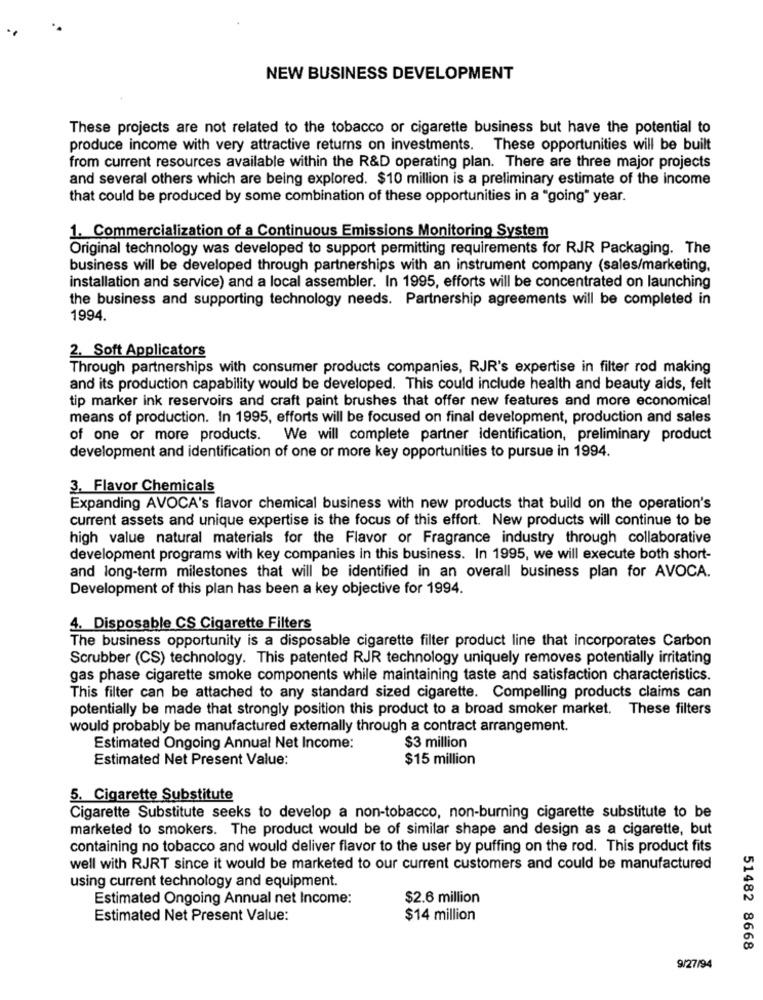
NEW BUSINESS DEVELOPMENT
These projects are not related to the tobacco or cigarette business but have the potential to
produce income with very attractive returns on investments. These opportunities will be built
from current resources available within the R&D operating plan. There are three major projects
and several others which are being explored. $10 million is a preliminary estimate of the income
that could be produced by some combination of these opportunities in a "going" year.
1. Commercialization of a Continuous Emissions Monitoring System
Original technology was developed to support permitting requirements for RJR Packaging. The
business will be developed through partnerships with an instrument company (sales/marketing,
installation and service) and a local assembler. In 1995, efforts will be concentrated on launching
the business and supporting technology needs. Partnership agreements will be completed in
1994.
2. Soft Applicators
Through partnerships with consumer products companies, RJR's expertise in filter rod making
and its production capability would be developed. This could include health and beauty aids, felt
tip marker ink reservoirs and craft paint brushes that offer new features and more economical
means of production. In 1995, efforts will be focused on final development, production and sales
of one or more products. We will complete partner identification, preliminary product
development and identification of one or more key opportunities to pursue in 1994.
3. Flavor Chemicals
Expanding AVOCA's flavor chemical business with new products that build on the operation's
current assets and unique expertise is the focus of this effort. New products will continue to be
high value natural materials for the Flavor or Fragrance industry through collaborative
development programs with key companies in this business. In 1995, we will execute both short-
and long-term milestones that will be identified in an overall business plan for AVOCA.
Development of this plan has been a key objective for 1994.
4. Disposable CS Cigarette Filters
The business opportunity is a disposable cigarette filter product line that incorporates Carbon
Scrubber (CS) technology. This patented RJR technology uniquely removes potentially irritating
gas phase cigarette smoke components while maintaining taste and satisfaction characteristics.
This filter can be attached to any standard sized cigarette. Compelling products claims can
potentially be made that strongly position this product to a broad smoker market. These filters
would probably be manufactured externally through a contract arrangement.
Estimated Ongoing Annual Net Income:
$3 million
Estimated Net Present Value:
$15 million
5. Cigarette Substitute
Cigarette Substitute seeks to develop a non-tobacco, non-burning cigarette substitute to be
marketed to smokers. The product would be of similar shape and design as a cigarette, but
containing no tobacco and would deliver flavor to the user by puffing on the rod. This product fits
well with RJRT since it would be marketed to our current customers and could be manufactured
using current technology and equipment.
Estimated Ongoing Annual net Income:
$2.6 million
Estimated Net Present Value:
$14 million
51482 8668
9/27/94